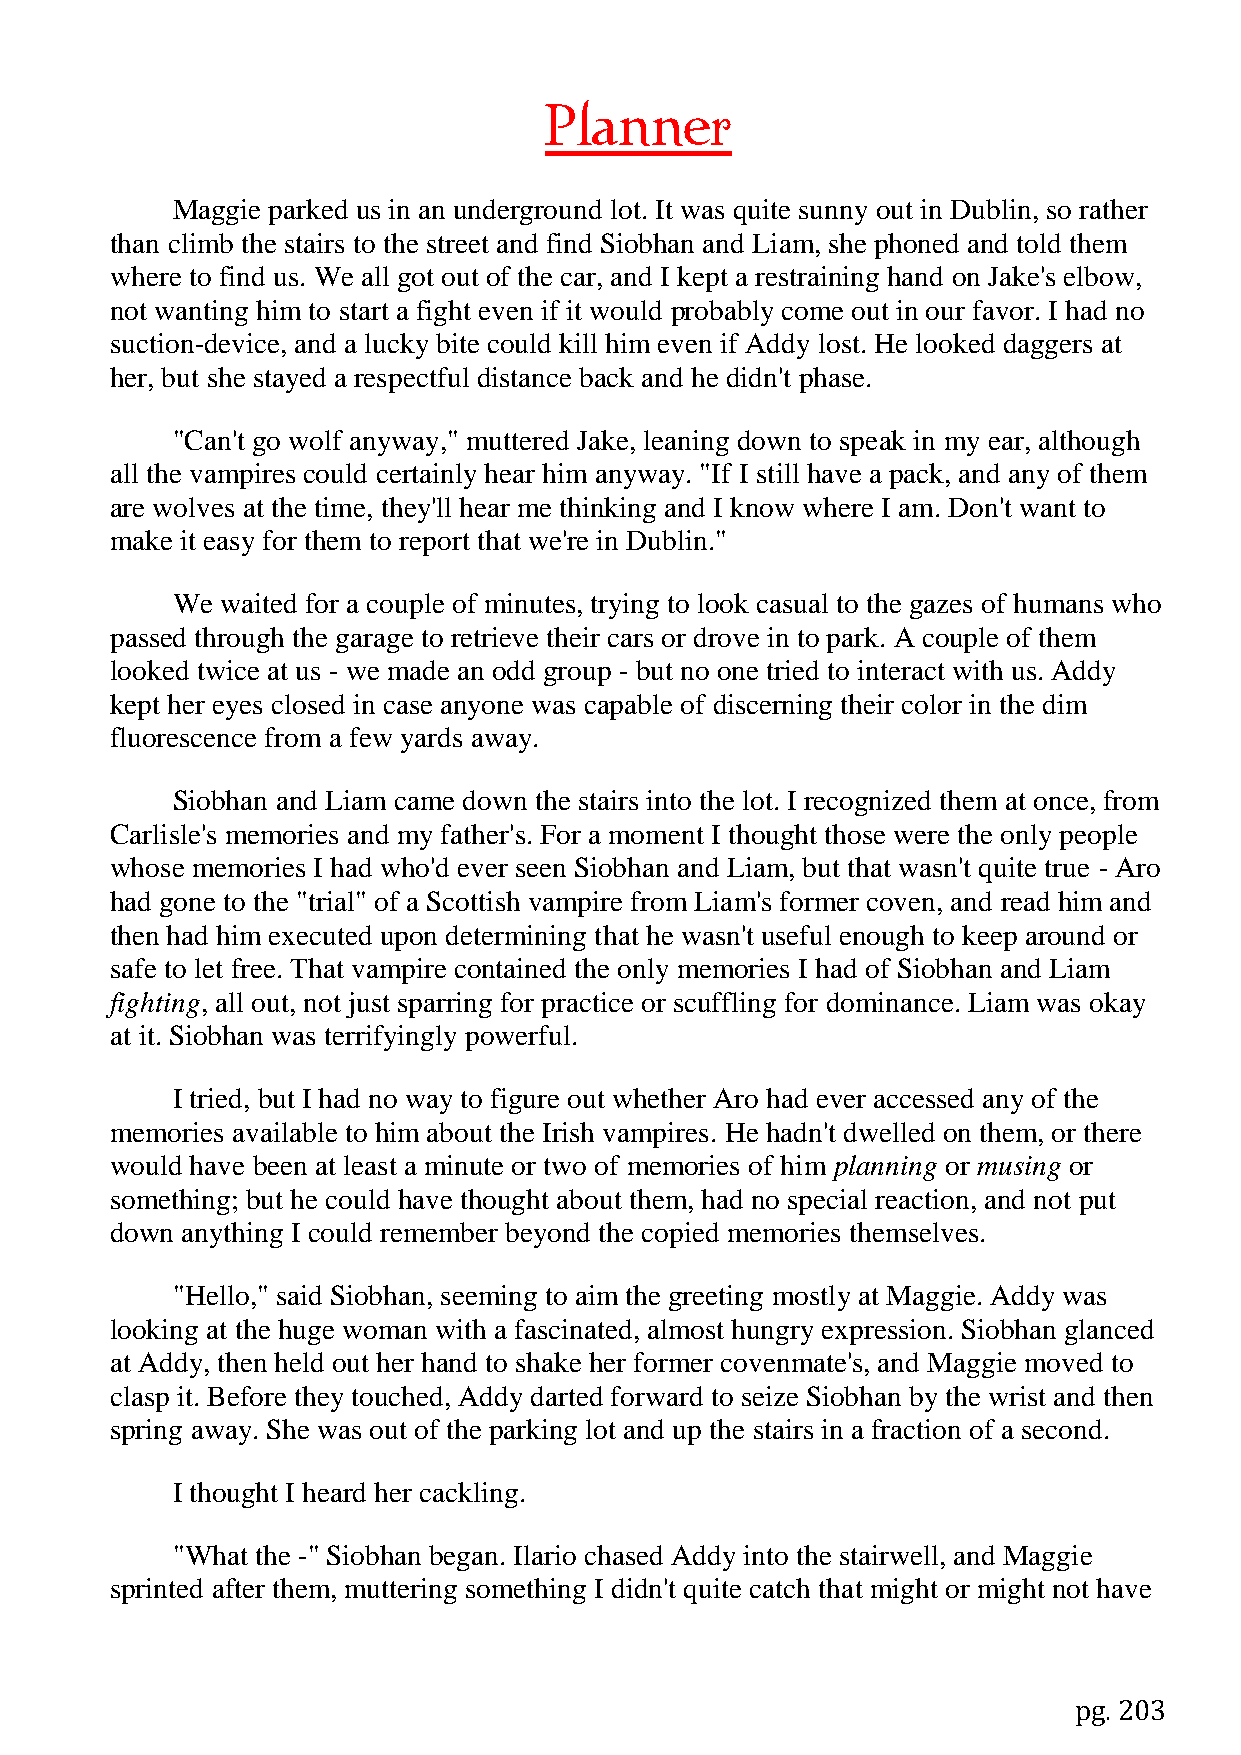
Planner
 Maggie parked us in an underground lot. It was quite sunny out in Dublin, so rather
 than climb the stairs to the street and find Siobhan and Liam, she phoned and told them
 where to find us. We all got out of the car, and I kept a restraining hand on Jake's elbow,
 not wanting him to start a fight even if it would probably come out in our favor. I had no
 suction-device, and a lucky bite could kill him even if Addy lost. He looked daggers at
 her, but she stayed a respectful distance back and he didn't phase.
 "Can't go wolf anyway," muttered Jake, leaning down to speak in my ear, although
 all the vampires could certainly hear him anyway. "If I still have a pack, and any of them
 are wolves at the time, they'll hear me thinking and I know where I am. Don't want to
 make it easy for them to report that we're in Dublin."
 We  waited for a couple of minutes, trying to look casual to the gazes of humans who
 passed through the garage to retrieve their cars or drove in to park. A couple of them
 looked twice at us - we made an odd group - but no one tried to interact with us. Addy
 kept her eyes closed in case anyone was capable of discerning their color in the dim
 fluorescence from a few yards away.
 Siobhan and Liam came down the stairs into the lot. I recognized them at once, from
 Carlisle's memories and my father's. For a moment I thought those were the only people
 whose memories I had who'd ever seen Siobhan and Liam, but that wasn't quite true - Aro
 had gone to the "trial" of a Scottish vampire from Liam's former coven, and read him and
 then had him executed upon determining that he wasn't useful enough to keep around or
 safe to let free. That vampire contained the only memories I had of Siobhan and Liam
 fighting, all out, not just sparring for practice or scuffling for dominance. Liam was okay
 at it. Siobhan was terrifyingly powerful.
 I tried, but I had no way to figure out whether Aro had ever accessed any of the
 memories available to him about the Irish vampires. He hadn't dwelled on them, or there
 would have been at least a minute or two of memories of him planning or musing or
 something; but he could have thought about them, had no special reaction, and not put
 down anything I could remember beyond the copied memories themselves.
 "Hello," said Siobhan, seeming to aim the greeting mostly at Maggie. Addy was
 looking at the huge woman with a fascinated, almost hungry expression. Siobhan glanced
 at Addy, then held out her hand to shake her former covenmate's, and Maggie moved to
 clasp it. Before they touched, Addy darted forward to seize Siobhan by the wrist and then
 spring away. She was out of the parking lot and up the stairs in a fraction of a second.
 I thought I heard her cackling.
 "What the -" Siobhan began. Ilario chased Addy into the stairwell, and Maggie
 sprinted after them, muttering something I didn't quite catch that might or might not have
 pg. 203